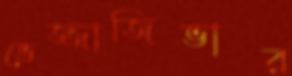
ভেজ্জাজিভার